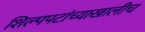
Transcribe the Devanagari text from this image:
शिल्पपटांच्याखालीच